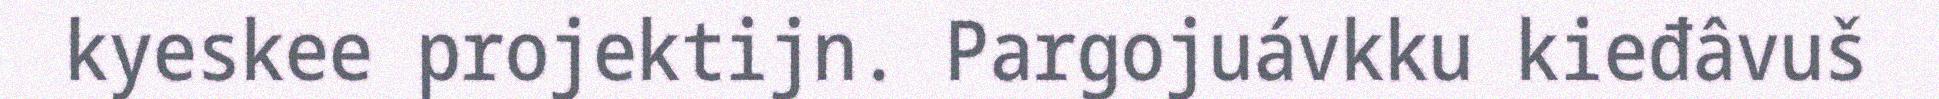
kyeskee projektijn. Pargojuávkku kieđâvuš